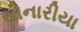
સોનારીયા